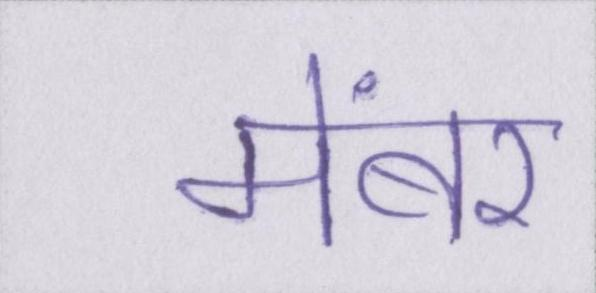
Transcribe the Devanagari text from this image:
मेंबर